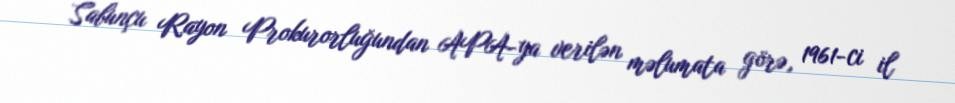
Sabunçu Rayon Prokurorluğundan APA-ya verilən məlumata görə, 1961-ci il